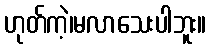
ဟုတ်ကဲ့၊မလာသေးပါဘူး။